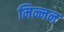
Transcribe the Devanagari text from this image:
मिन्नन